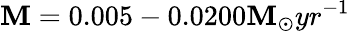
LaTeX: \mathbf{M}=0.005-0.0200\mathbf{M}_{\odot}yr^{-1}